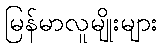
မြန်မာလူမျိုးများ